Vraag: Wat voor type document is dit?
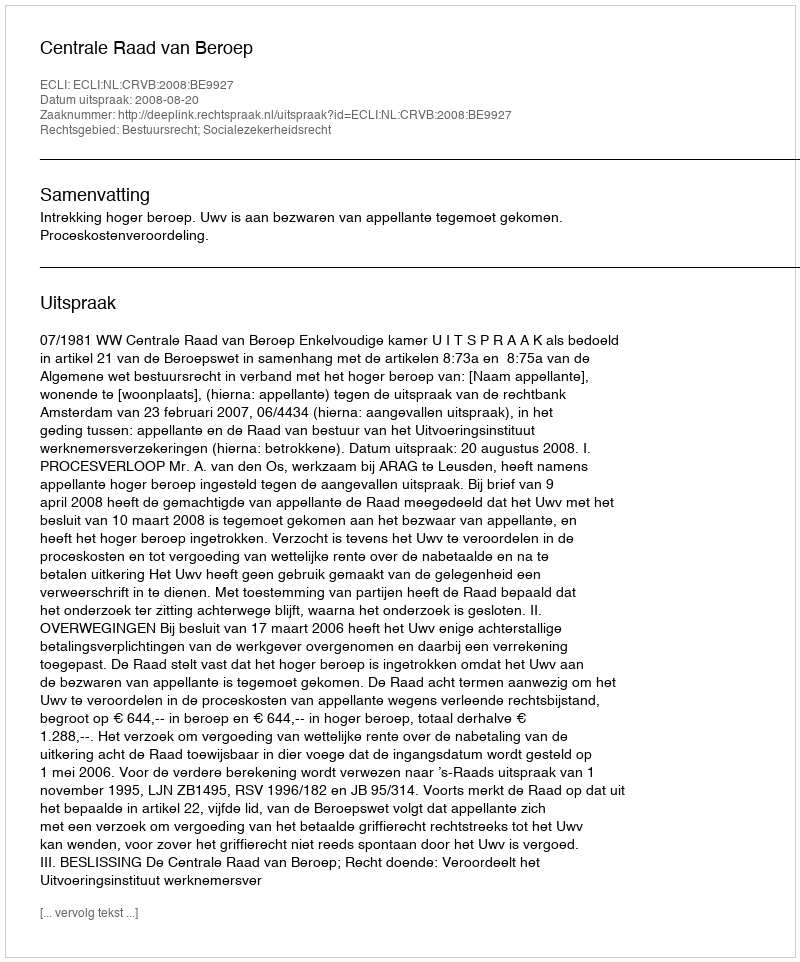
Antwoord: Uitspraak